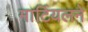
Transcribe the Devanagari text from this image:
मार्टियलने